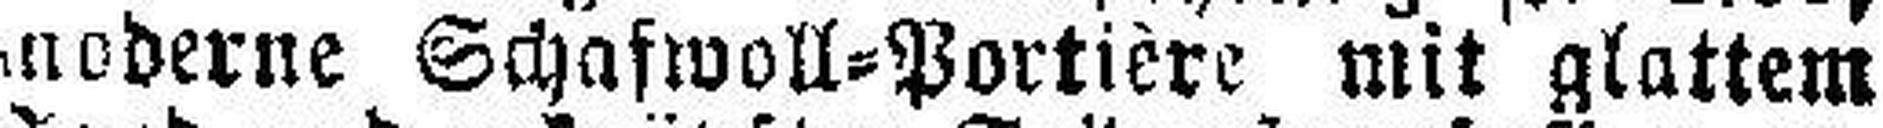
moderne Schafwoll=Portière mit glattem